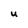
Character: u